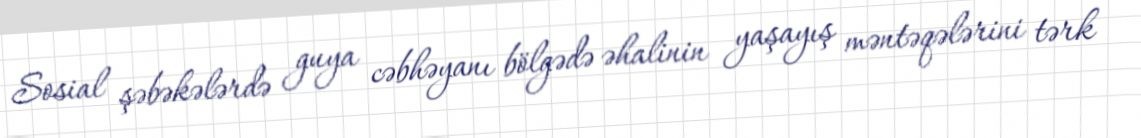
Sosial şəbəkələrdə guya cəbhəyanı bölgədə əhalinin yaşayış məntəqələrini tərk